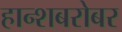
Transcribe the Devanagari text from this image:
हान्शबरोबर